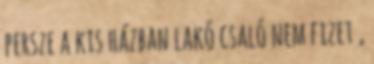
persze a kis házban lakó csaló nem fizet ,